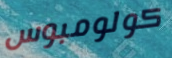
كولومبوس